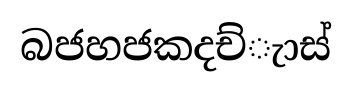
බජහජකදච්ැාස්